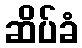
ဆိပ်ခံ